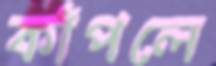
কাঁপলে